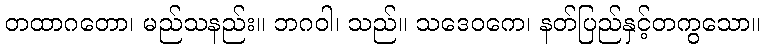
တထာဂတော၊ မည်သနည်း။ ဘဂဝါ၊ သည်။ သဒေဝကေ၊ နတ်ပြည်နှင့်တကွသော။